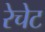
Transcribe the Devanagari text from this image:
रेचेट